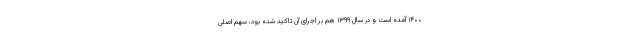
۱۴۰۰ آمده است و در سال ۱۳۹۹ هم بر اجرای آن تاکید شده بود، سهم اصلی